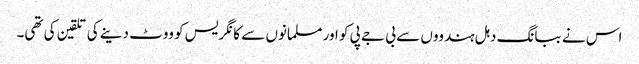
اس نے ببانگ دہل ہندووں سے بی جے پی کو اور مسلمانوں سے کانگریس کو ووٹ دینے کی تلقین کی تھی۔